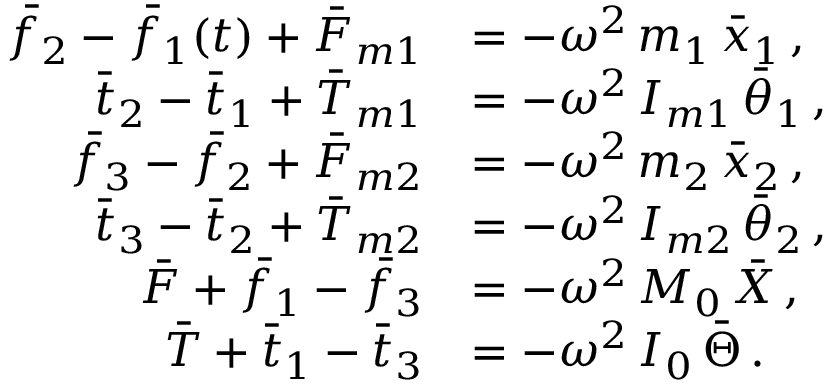
\begin{array} { r l } { \bar { f } _ { 2 } - \bar { f } _ { 1 } ( t ) + \bar { F } _ { m 1 } } & { = - \omega ^ { 2 } \, m _ { 1 } \, \bar { x } _ { 1 } \, , } \\ { \bar { t } _ { 2 } - \bar { t } _ { 1 } + \bar { T } _ { m 1 } } & { = - \omega ^ { 2 } \, I _ { m 1 } \, \bar { \theta } _ { 1 } \, , } \\ { \bar { f } _ { 3 } - \bar { f } _ { 2 } + \bar { F } _ { m 2 } } & { = - \omega ^ { 2 } \, m _ { 2 } \, \bar { x } _ { 2 } \, , } \\ { \bar { t } _ { 3 } - \bar { t } _ { 2 } + \bar { T } _ { m 2 } } & { = - \omega ^ { 2 } \, I _ { m 2 } \, \bar { \theta } _ { 2 } \, , } \\ { \bar { F } + \bar { f } _ { 1 } - \bar { f } _ { 3 } } & { = - \omega ^ { 2 } \, M _ { 0 } \, \bar { X } \, , } \\ { \bar { T } + \bar { t } _ { 1 } - \bar { t } _ { 3 } } & { = - \omega ^ { 2 } \, I _ { 0 } \, \bar { \Theta } \, . } \end{array}